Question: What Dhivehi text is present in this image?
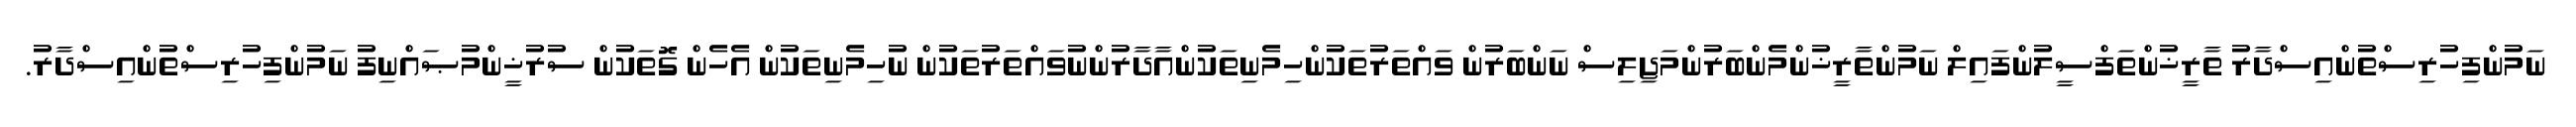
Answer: ނަމުންފިހުރިސްތުންއިސްދާރު ތާރީޚުންތަފްސީލުންފައިލް ނަމުންތާރީޚުންމެންބަރުންމަޖިލިސް ނަންބަރުން ވައްތަރުތަކުންހިމެނިތަކުންއާދާރުންނުވައްތަރުތަކުން ނުހިމެނިތަކުން އެހެން ގޮތަކުން ސުރުޚީންމުޞައްނިފު ނަމުންފިހުރިސްތުންއިސްދާރު.